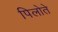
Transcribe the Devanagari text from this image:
पिलोते